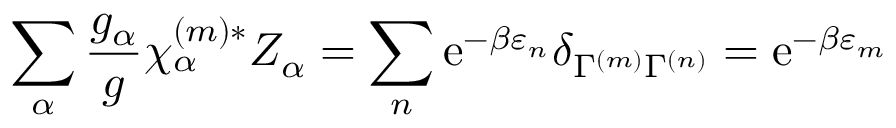
\sum _ { \alpha } \frac { g _ { \alpha } } { g } \chi _ { \alpha } ^ { ( m ) * } Z _ { \alpha } = \sum _ { n } \mathrm { e } ^ { - \beta \ensuremath { \varepsilon } _ { n } } \delta _ { \Gamma ^ { ( m ) } \Gamma ^ { ( n ) } } = \mathrm { e } ^ { - \beta \ensuremath { \varepsilon } _ { m } }